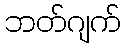
ဘတ်ဂျက်